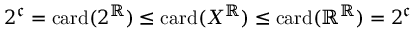
2 ^ { \mathfrak { c } } = \mathrm { c a r d } ( 2 ^ { \mathbb { R } } ) \leq \mathrm { c a r d } ( X ^ { \mathbb { R } } ) \leq \mathrm { c a r d } ( \mathbb { R } ^ { \mathbb { R } } ) = 2 ^ { \mathfrak { c } }